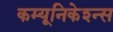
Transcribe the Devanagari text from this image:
कम्यूनिकेश्न्स